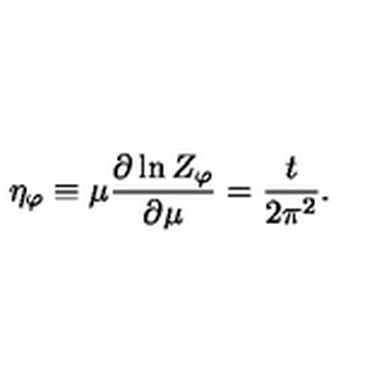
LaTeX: \eta _ { \varphi } \equiv \mu \frac { \partial \ln Z _ { \varphi } } { \partial \mu } = \frac { t } { 2 \pi ^ { 2 } } .